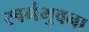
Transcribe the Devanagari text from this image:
स्वर्गभुवना